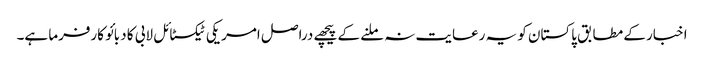
اخبار کے مطابق پاکستان کو یہ رعایت نہ ملنے کے پیچھے دراصل امریکی ٹیکسٹائل لابی کا دبائو کارفرما ہے۔